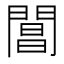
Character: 閶